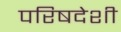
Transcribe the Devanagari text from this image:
परिषदेशी